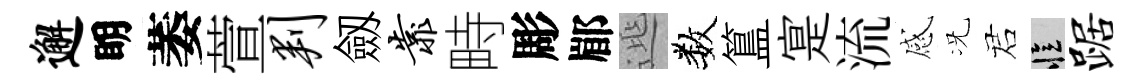
邂眀萎萱判劔靠畤彫郿𨓱数簋寔流感况诺忆踞